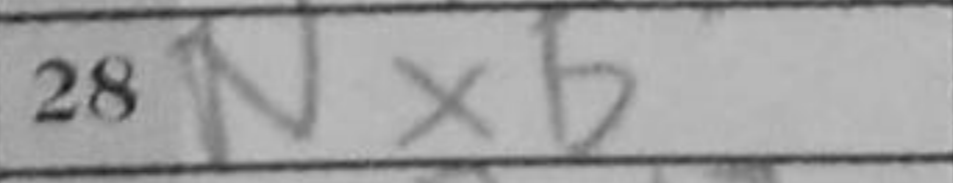
Transcription: Nxb